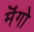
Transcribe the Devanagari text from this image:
मॆंगो